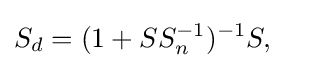
S_{d}=(1+SS_{n}^{-1})^{-1}S,\quad